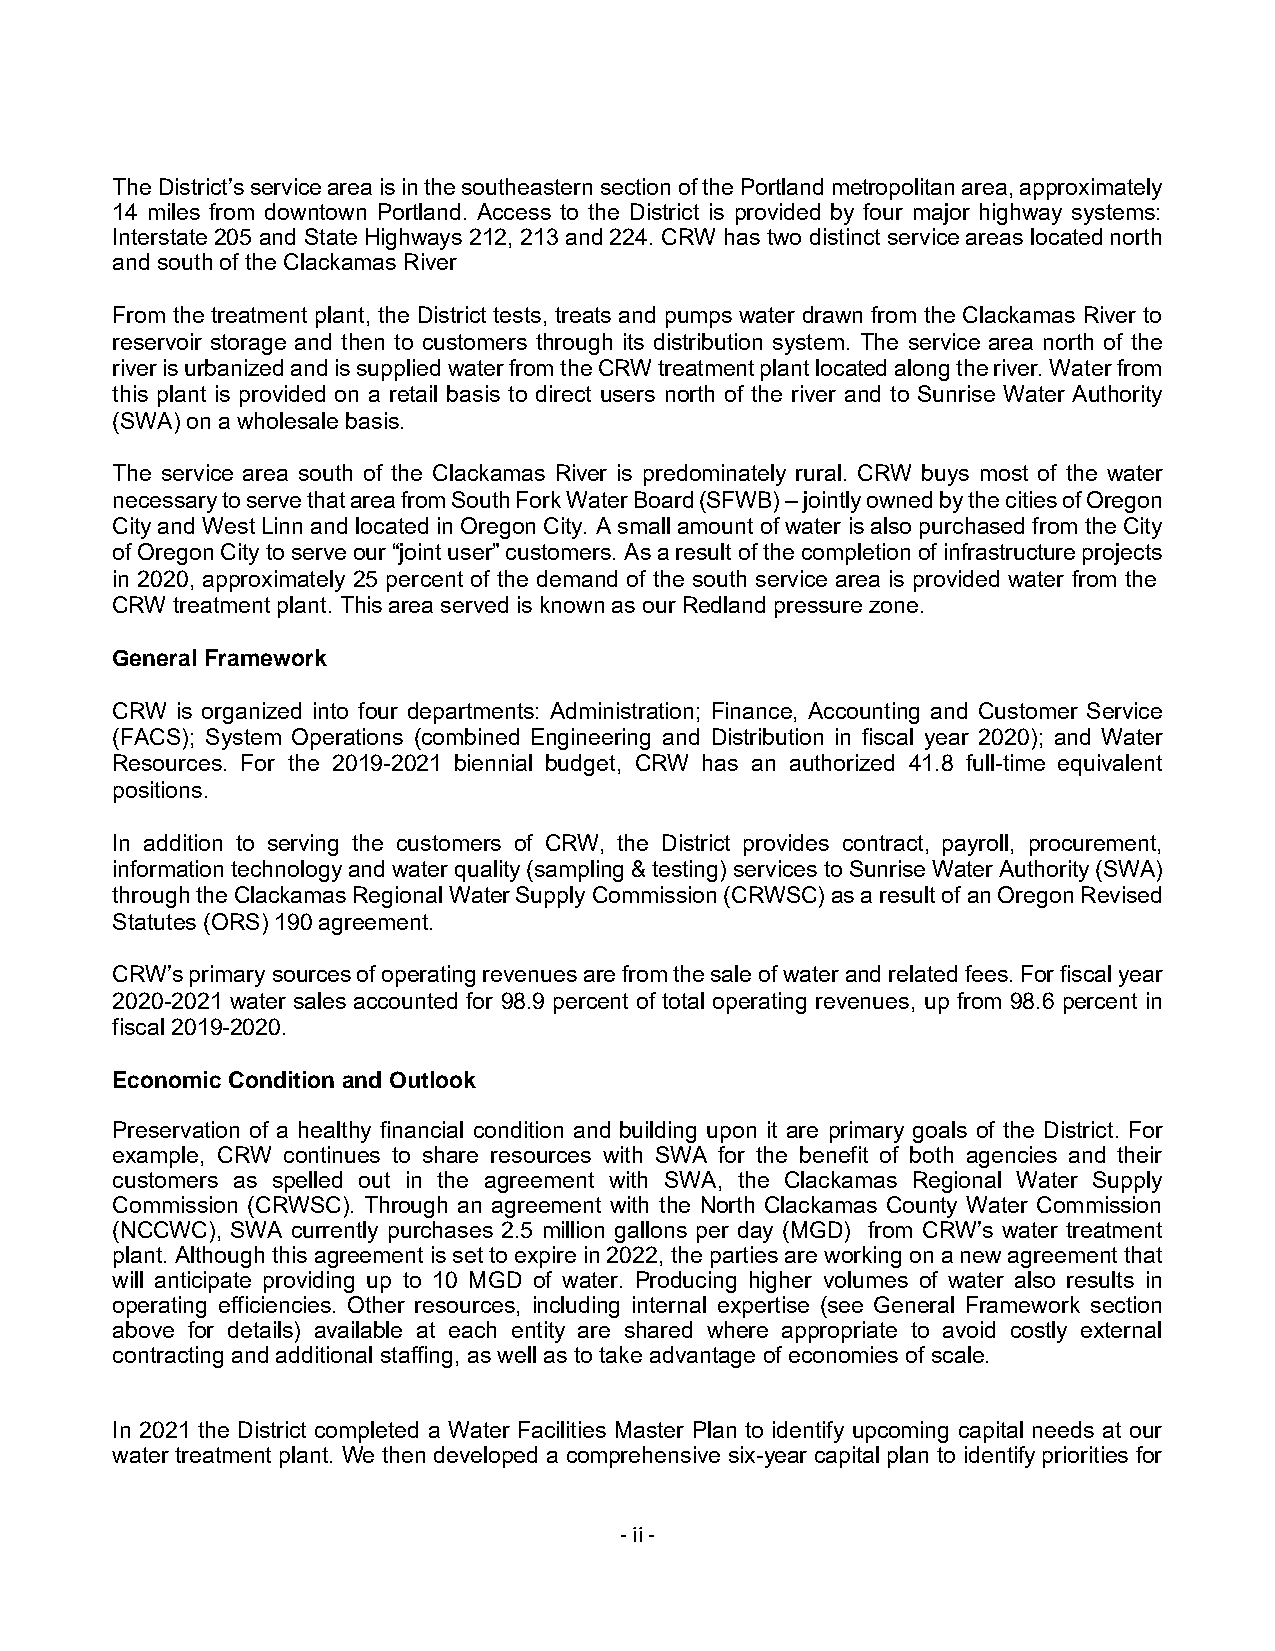
The District’s service area is in the southeastern section of the Portland metropolitan area, approximately
 14 miles from downtown Portland. Access to the District is provided by four major highway systems:
 Interstate 205 and State Highways 212, 213 and 224. CRW has two distinct service areas located north
 and south of the Clackamas River
 From the treatment plant, the District tests, treats and pumps water drawn from the Clackamas River to
 reservoir storage and then to customers through its distribution system. The service area north of the
 river is urbanized and is supplied water from the CRW treatment plant located along the river. Water from
 this plant is provided on a retail basis to direct users north of the river and to Sunrise Water Authority
 (SWA) on a wholesale basis.
 The service area south of the Clackamas River is predominately rural. CRW buys most of the water
 necessary to serve that area from South Fork Water Board (SFWB) – jointly owned by the cities of Oregon
 City and West Linn and located in Oregon City. A small amount of water is also purchased from the City
 of Oregon City to serve our “joint user” customers. As a result of the completion of infrastructure projects
 in 2020, approximately 25 percent of the demand of the south service area is provided water from the
 CRW  treatment plant. This area served is known as our Redland pressure zone.
 General Framework
 CRW  is organized into four departments: Administration; Finance, Accounting and Customer Service
 (FACS); System Operations (combined Engineering and Distribution in fiscal year 2020); and Water
 Resources. For the 2019-2021 biennial budget, CRW has an authorized 41.8 full-time equivalent
 positions.
 In addition to serving the customers of CRW, the District provides contract, payroll, procurement,
 information technology and water quality (sampling & testing) services to Sunrise Water Authority (SWA)
 through the Clackamas Regional Water Supply Commission (CRWSC) as a result of an Oregon Revised
 Statutes (ORS) 190 agreement.
 CRW’s primary sources of operating revenues are from the sale of water and related fees. For fiscal year
 2020-2021 water sales accounted for 98.9 percent of total operating revenues, up from 98.6 percent in
 fiscal 2019-2020.
 Economic Condition and Outlook
 Preservation of a healthy financial condition and building upon it are primary goals of the District. For
 example, CRW continues to share resources with SWA for the benefit of both agencies and their
 customers as spelled out in the agreement with SWA, the Clackamas Regional Water Supply
 Commission (CRWSC). Through an agreement with the North Clackamas County Water Commission
 (NCCWC), SWA currently purchases 2.5 million gallons per day (MGD) from CRW’s water treatment
 plant. Although this agreement is set to expire in 2022, the parties are working on a new agreement that
 will anticipate providing up to 10 MGD of water. Producing higher volumes of water also results in
 operating efficiencies. Other resources, including internal expertise (see General Framework section
 above for details) available at each entity are shared where appropriate to avoid costly external
 contracting and additional staffing, as well as to take advantage of economies of scale.
 In 2021 the District completed a Water Facilities Master Plan to identify upcoming capital needs at our
 water treatment plant. We then developed a comprehensive six-year capital plan to identify priorities for
 - ii -